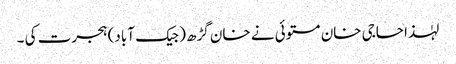
لہٰذا حاجی خان مستوئی نے خان گڑھ ( جیک آباد) ہجرت کی ۔